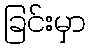
ခြင်းမှာ